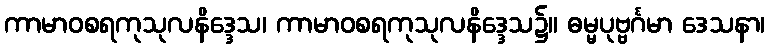
ကာမာဝစရကုသုလနိဒ္ဒေသ၊ ကာမာဝစရကုသုလနိဒ္ဒေသ၌။ ဓမ္မပုဗ္ဗင်္ဂမာ ဒေသနာ၊